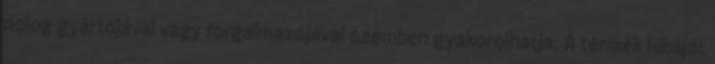
dolog gyártójával vagy forgalmazójával szemben gyakorolhatja. A termék hibáját